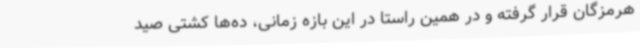
هرمزگان قرار گرفته و در همین راستا در این بازه زمانی، ده‌ها کشتی صید